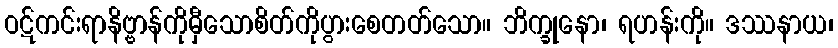
ဝဋ်ကင်းရာနိဗ္ဗာန်ကိုမှီသောစိတ်ကိုပွားစေတတ်သော။ ဘိက္ခုနော၊ ရဟန်းကို။ ဒဿနာယ၊